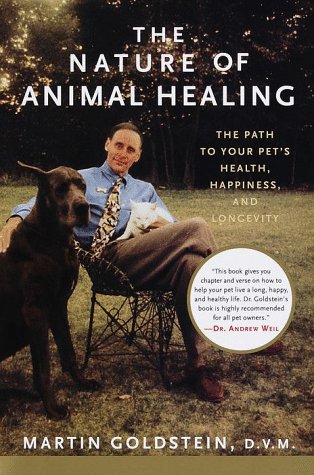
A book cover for The Nature of Animal Healing: The Path to Your Pet's Health, Happiness, and Longevity; Martin Goldstein; Crafts, Hobbies & Home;